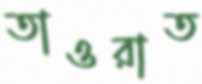
তাওরাত